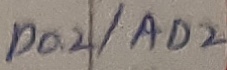
Text: P0.2/AD2